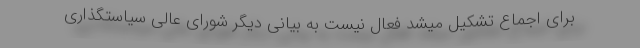
برای اجماع تشکیل میشد فعال نیست به بیانی دیگر شورای عالی سیاستگذاری